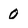
Character: 0